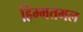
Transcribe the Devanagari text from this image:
हिम्मतमल